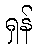
ရှန်